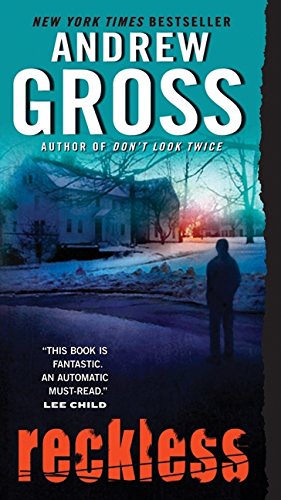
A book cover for Reckless; Andrew Gross; Mystery, Thriller & Suspense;